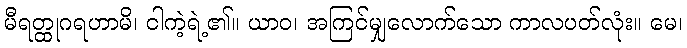
မီရတ္ထုဂရဟာမိ၊ ငါကဲ့ရဲ့၏။ ယာဝ၊ အကြင်မျှလောက်သော ကာလပတ်လုံး။ မေ၊